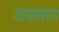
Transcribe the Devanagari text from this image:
जगलात